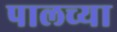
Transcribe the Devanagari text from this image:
पालच्या